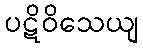
ပဋိဝိသေယျ